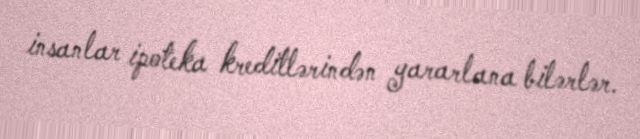
insanlar ipoteka kreditlərindən yararlana bilərlər.